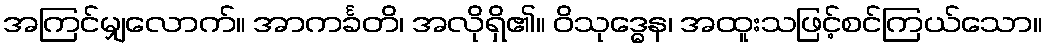
အကြင်မျှလောက်။ အာကင်္ခတိ၊ အလိုရှိ၏။ ဝိသုဒ္ဓေန၊ အထူးသဖြင့်စင်ကြယ်သော။